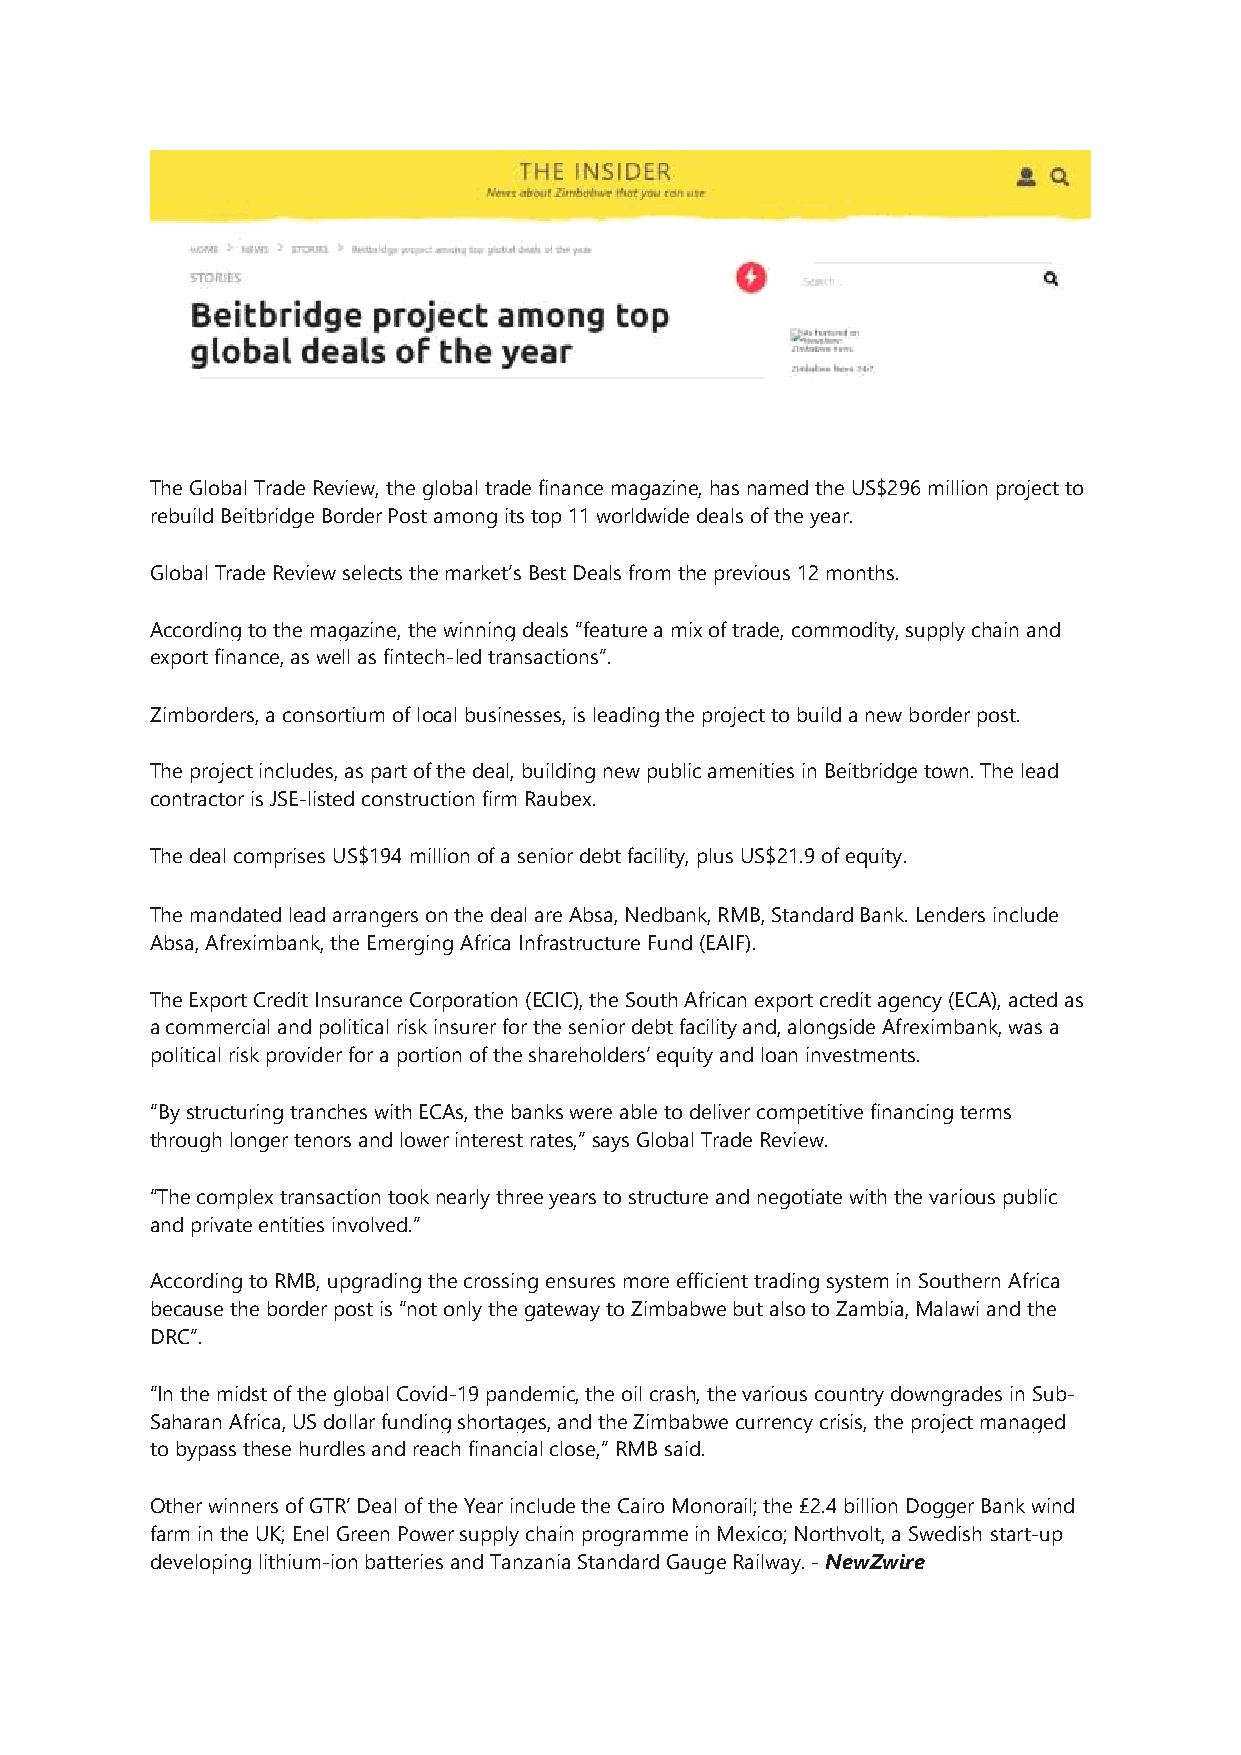
The Global Trade Review, the global trade finance magazine, has named the US$296 million project to
 rebuild Beitbridge Border Post among its top 11 worldwide deals of the year.
 Global Trade Review selects the market’s Best Deals from the previous 12 months.
 According to the magazine, the winning deals “feature a mix of trade, commodity, supply chain and
 export finance, as well as fintech-led transactions”.
 Zimborders, a consortium of local businesses, is leading the project to build a new border post.
 The project includes, as part of the deal, building new public amenities in Beitbridge town. The lead
 contractor is JSE-listed construction firm Raubex.
 The deal comprises US$194 million of a senior debt facility, plus US$21.9 of equity.
 The mandated lead arrangers on the deal are Absa, Nedbank, RMB, Standard Bank. Lenders include
 Absa, Afreximbank, the Emerging Africa Infrastructure Fund (EAIF).
 The Export Credit Insurance Corporation (ECIC), the South African export credit agency (ECA), acted as
 a commercial and political risk insurer for the senior debt facility and, alongside Afreximbank, was a
 political risk provider for a portion of the shareholders’ equity and loan investments.
 “By structuring tranches with ECAs, the banks were able to deliver competitive financing terms
 through longer tenors and lower interest rates,” says Global Trade Review.
 “The complex transaction took nearly three years to structure and negotiate with the various public
 and private entities involved.”
 According to RMB, upgrading the crossing ensures more efficient trading system in Southern Africa
 because the border post is “not only the gateway to Zimbabwe but also to Zambia, Malawi and the
 DRC”.
 “In the midst of the global Covid-19 pandemic, the oil crash, the various country downgrades in Sub-
 Saharan Africa, US dollar funding shortages, and the Zimbabwe currency crisis, the project managed
 to bypass these hurdles and reach financial close,” RMB said.
 Other winners of GTR’ Deal of the Year include the Cairo Monorail; the £2.4 billion Dogger Bank wind
 farm in the UK; Enel Green Power supply chain programme in Mexico; Northvolt, a Swedish start-up
 developing lithium-ion batteries and Tanzania Standard Gauge Railway. - NewZwire